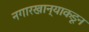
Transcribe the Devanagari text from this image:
नगारखान्याकडून